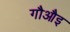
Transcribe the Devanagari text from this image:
गौऔइ